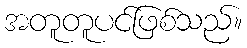
အတူတူပင်ဖြစ်သည်။